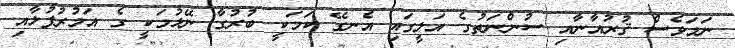
ނަމަވެސް ޤުރުއާނާއި ސުންނަތުގެ އަލީގައި އެނގޭ ކަމަކީ ބުރުގާ ނޭޅުމަކީ ގެ އަމުރުފުޅާއި